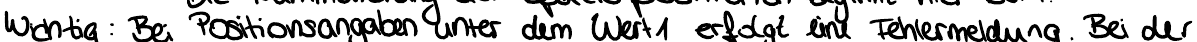
Wichtig: Bei Positionsangaben unter dem Wert 1 erfolgt eine Fehlermeldung. Bei der